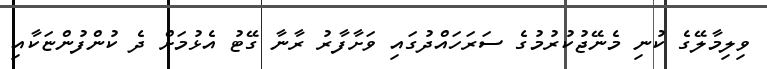
ވިލިމާލޭގެ ކުނި މެނޭޖުކުރުމުގެ ސަރަހައްދުގައި ވަށާފާރު ރާނާ ގޭޓު އެޅުމަށް ދެ ކުންފުންޏަކާއި